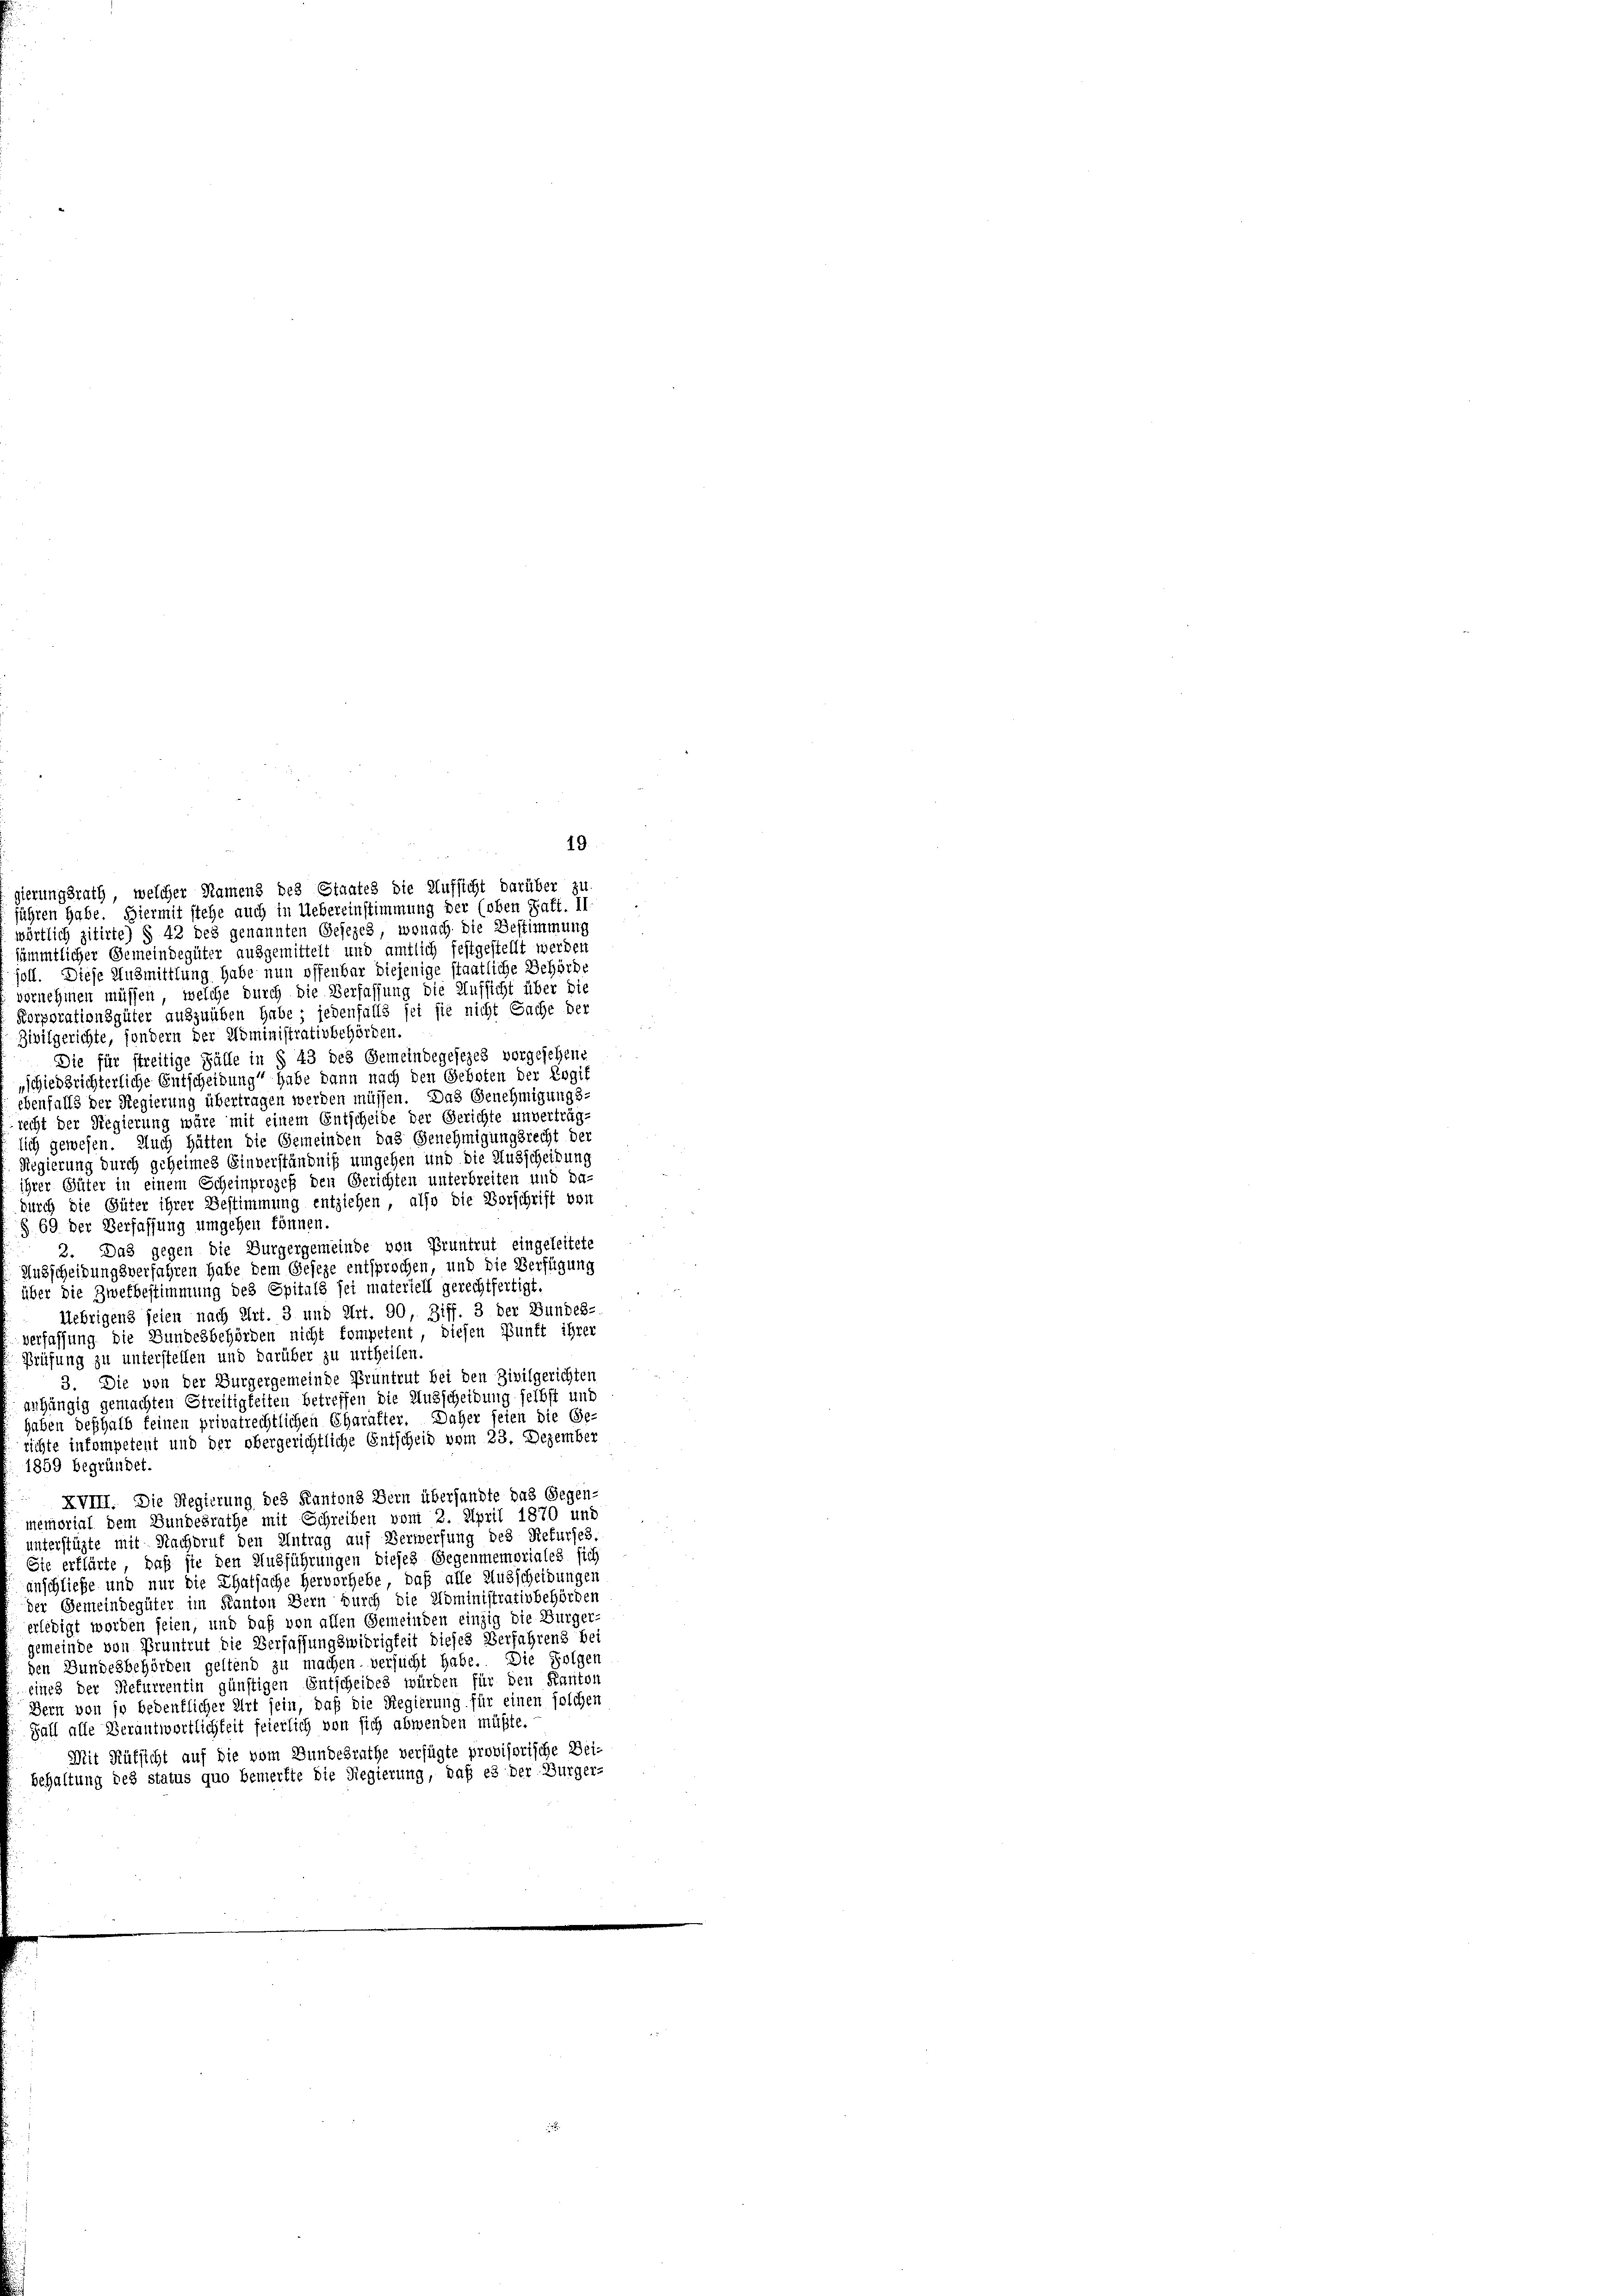
ierungsrath, welcher Namens des Staates die Aufsicht darüber zu-
führen habe. Hiermit stehe auch in Uebereinstimmung der (oben Saft. II
wörtlich zitirte) § 42 des genannten Gesezes, wonach die Bestimmung
sämmtlicher Gemeindegüter ausgemittelt und amtlich festgestellt werden
soll. Diese Ausmittlung habe nun offenbar diejenige staatliche Behörde
vernehmen müssen, welche durch die Verfassung die Aufsicht über die
orporationsgüter auszuüben habe; jedenfalls sei sie nicht Sache der
Zivilgerichte, sondern der Administrativbehörden.
Die für streitige Fälle in § 43 des Gemeindegesezes vorgesehene
„schiedsrichterliche Entscheibung habe dann nach den Geboten der Ergif
ebenfalls der Regierung übertragen werden müssen. Das Genehmigungs-
recht der Regierung wäre mit einem Entscheide der Gerichte unverträg-
lich gewesen. Auch hätten die Gemeinden das Genehmigungsrecht der
Regierung durch geheimes Einverständniß umgehen und die Ausscheidung
ihrer Güter in einem Scheinprozeß den Gerichten unterbreiten und da-
durch die Güter ihrer Bestimmung entziehen, also die Vorschrift vor
§ 69. Der Verfassung umgehen können.
2. Das gegen die Bürgergemeinde von Pruntrut eingeleitete
Ansscheidungsverfahren habe dem Geseze entsprochen, und die Verfügung
über die Zwefbestimmung des Spitals sei materiell gerechtfertigt
Uebrigens seien nach Art. 3 und Art. 90, Ziff. 3 der Bundes-
erfassung die Bundesbehörden nicht kompetent, diesen Bunft ihrer
Prüfung zu unterstellen und darüber zu urtheilen
3. Die von der Burgergemeinde Pruntrut bei den Zivilgerichten
anhängig gemachten Streitigkeiten betreffen die Ausscheidung selbst und
haben deshalb feinen privatrechtlichen Charakter. Daher seien die Ge-
richte inkompetent und der obergerichtliche Entscheid vom 23. Dezember
1859 begründet.
XVIII. Die Regierung des Kantons Bern übersandte das Gegen-
memorial dem Bundesrathe mit Schreiben vom 2. April 1870 und
unterstüzte mit Nachdruf den Antrag auf Verwerfung des Rekurses.
Ste erklärte, daß sie den Ausführungen dieses Gegenmemoriales sich
anschließe und nur die Thatsache hervorhebe, daß alle Ausscheidungen
der Gemeindegüter im Kanton Bern durch die Administrativbehörden
erledigt worden seien, und daß von allen Gemeinden einzig die Bürger-
gemeinde von Pruntrut die Verfassungswidrigkeit dieses Verfahrens bei
den Bundesbehörden geltend zu machen. versucht habe. Die Folgen
eines der Refurrentin günstigen Entscheides würden für den Kanton
Bern von so bedenklicher Art sein, daß die Regierung für einen solchen
Fall alle Verantwortlichkeit feierlich von sich abwenden müßte.
Mit Rütsicht auf die vom Bundesrathe verfügte provisorische Bei-
behaltung des status quo bemerkte die Regierung, daß es der Bürger-

19